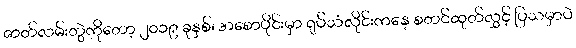
ဇာတ်လမ်းတွဲကိုတော့ ၂၀၁၉ ခုနှစ်၊ အစောပိုင်းမှာ ရုပ်သံလိုင်းကနေ စတင်ထုတ်လွှင့် ပြသမှာပဲ